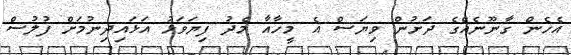
އެހެން ގާނޫނެއްގެ ދަށުން ވިޔަސް އެ މީހާއާ މެދު ފިޔަވަޅު އަޅައިދިނުމަށް ފުލުސް